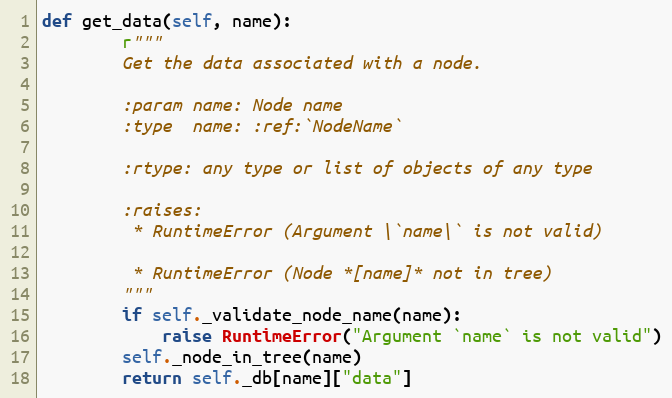
Language: Python
def get_data(self, name):
        r"""
        Get the data associated with a node.

        :param name: Node name
        :type  name: :ref:`NodeName`

        :rtype: any type or list of objects of any type

        :raises:
         * RuntimeError (Argument \`name\` is not valid)

         * RuntimeError (Node *[name]* not in tree)
        """
        if self._validate_node_name(name):
            raise RuntimeError("Argument `name` is not valid")
        self._node_in_tree(name)
        return self._db[name]["data"]